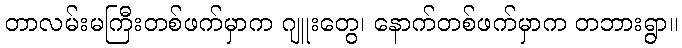
တာလမ်းမကြီးတစ်ဖက်မှာက ဂျူးတွေ၊ နောက်တစ်ဖက်မှာက တဘားရွာ။